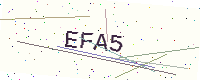
Text: EFA5